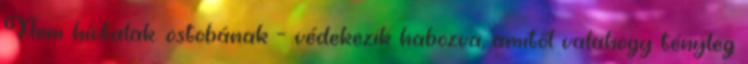
Nem hívtalak. ostobának – védekezik habozva, amitől valahogy tényleg